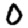
Digit: 0